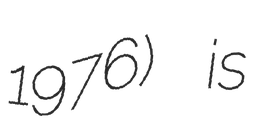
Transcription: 1976) is